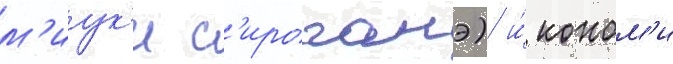
м'иук'и с'ироганэ) и́ коном'и